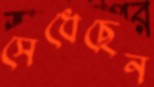
সেধেছেন